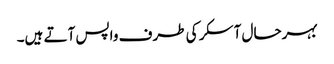
بہرحال آسکر کی طرف واپس آتے ہیں۔